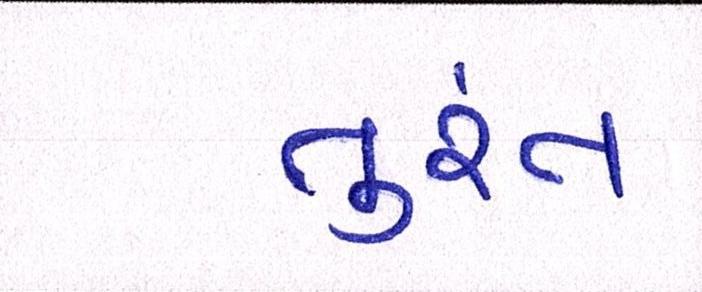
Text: તુરંત